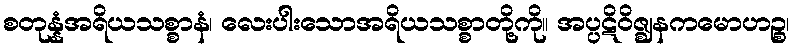
စတုန္နံအရိယသစ္စာနံ၊ လေးပါးသောအရိယသစ္စာတို့ကို။ အပ္ပဋိဝိဇ္ဈနကမောဟဉ္စ၊